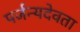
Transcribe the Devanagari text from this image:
पर्जन्यदेवता